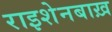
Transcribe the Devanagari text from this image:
राइशेनबाख़